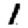
Digit: 1